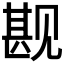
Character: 𬢏